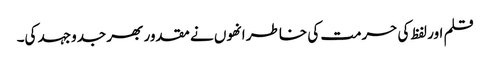
قلم اور لفظ کی حرمت کی خاطر انھوں نے مقدور بھر جدوجہد کی۔